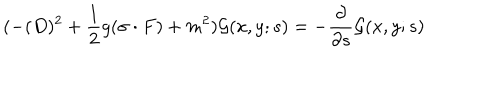
( - ( D ) ^ { 2 } + \frac { 1 } { 2 } g ( \sigma \cdot F ) + m ^ { 2 } ) { \cal G } ( x , y ; s ) = - \frac { \partial } { \partial s } { \cal G } ( x , y ; s )